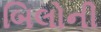
બિલોની